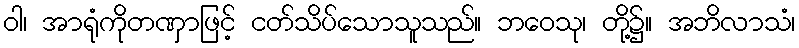
ဝါ၊ အာရုံကိုတဏှာဖြင့် ငတ်သိပ်သောသူသည်။ ဘဝေသု၊ တို့၌။ အဘိလာသံ၊